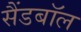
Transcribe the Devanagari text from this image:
सैंडबॉल